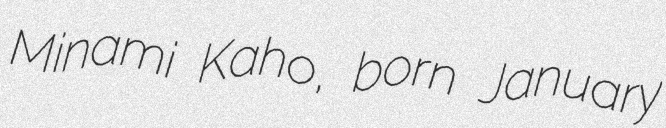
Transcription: Minami Kaho, born January